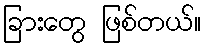
ခြားတွေ ဖြစ်တယ်။